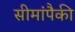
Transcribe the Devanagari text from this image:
सीमांपैकी